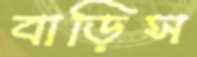
বাড়িস